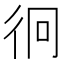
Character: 𭛡